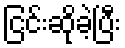
ငြင်းဆိုခဲ့ပြီး